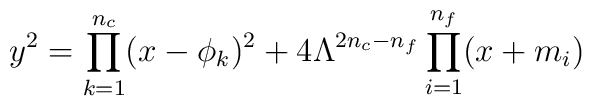
y^{2} = \prod_{k=1}^{n_{c}}(x-\phi_{k})^{2}		+ 4 \Lambda^{2n_{c}-n_{f}}\prod_{i=1}^{n_{f}}(x+m_{i})